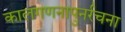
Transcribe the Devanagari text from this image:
कालगणनापुनर्रचना